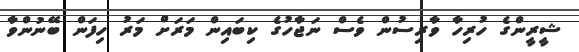
ޝީރީންގެ ހުރިހާ ވާރިސުން ވެސް ނަޖާހުގެ ކިބައިން މަރަށް މަރު ހިފަން ބޭނުންވާ